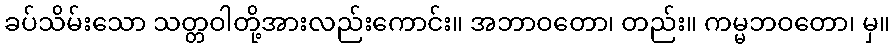
ခပ်သိမ်းသော သတ္တဝါတို့အားလည်းကောင်း။ အဘာဝတော၊ တည်း။ ကမ္မဘဝတော၊ မှ။